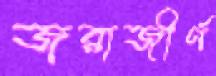
জরাজীর্ণ